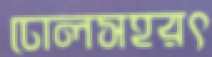
ঢোলসহরৎ